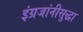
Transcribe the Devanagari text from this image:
इंग्रजांनीसुद्धा